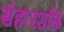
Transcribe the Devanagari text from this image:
संहारशक्ति